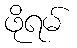
ဖိုရမ်